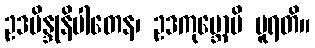
ဥဒဗိန္ဒုနိပါတေန၊ ဥဒကုမ္ဘောပိ ပူရတိ။